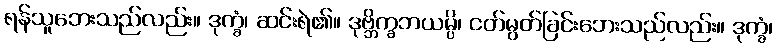
ရန်သူဘေးသည်လည်း။ ဒုက္ခံ၊ ဆင်းရဲ၏။ ဒုဗ္ဘိက္ခဘယမ္ပိ၊ ငတ်မွတ်ခြင်းဘေးသည်လည်း။ ဒုက္ခံ၊